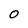
Character: 0